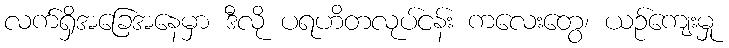
လက်ရှိအခြေအနေမှာ ဒီလို ပရဟိတလုပ်ငန်း ကလေးတွေ၊ ယဉ်ကျေးမှု